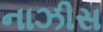
નાઝીસ